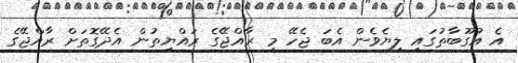
އެ އުގޫބާތުގައި ލިޔެވެން އެބަ ޖެހޭ މި ރާއްޖޭގެ ރައްޔިތުން އެދޭގޮތަށް ރާއްޖޭގެ